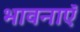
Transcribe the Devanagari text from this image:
भावनाएॅं